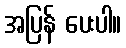
အပြန် ပေးပါ။